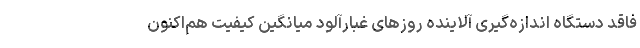
فاقد دستگاه اندازه‌گیری آلاینده روزهای غبارآلود میانگین کیفیت هم‌اکنون